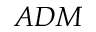
A D M